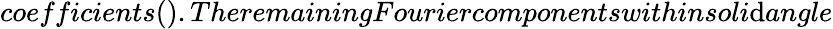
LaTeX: coefficients().TheremainingFouriercomponentswithinsoli\mathrm{d}angle